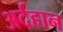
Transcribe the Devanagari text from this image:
अर्दहान